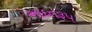
આદતરૂપ